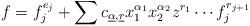
LaTeX: \begin{align*}f =f_j^{e_j}+\sum c_{\underline{\alpha},\underline{r}}x_1^{\alpha_1}x_2^{\alpha_2}z^{r_1}\cdots f_j^{r_{j+1}}\end{align*}